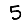
Digit: 5